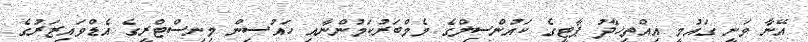
އޭނާ ވަނީ ގައުމީ އިއްތިހާދު ޕާޓީގެ ކައުންސިލްގެ މެމްބަރުކަމުންނާއި ހައުސިން މިނިސްޓްރީގެ އެޑްވައިޒަރުގެ